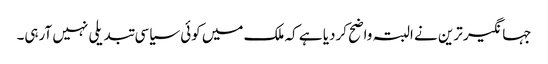
جہانگیر ترین نے البتہ واضح کردیا ہے کہ ملک میں کوئی سیاسی تبدیلی نہیں آرہی۔